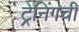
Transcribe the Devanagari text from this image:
ट्रेनिंगची